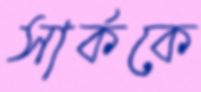
সার্ককে